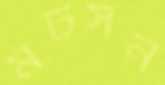
মটসন